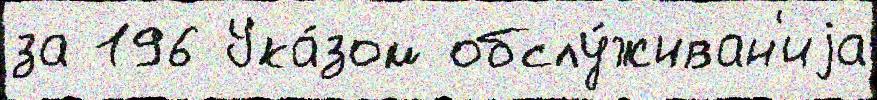
за 196 Ука́зом обслу́живан'иjа